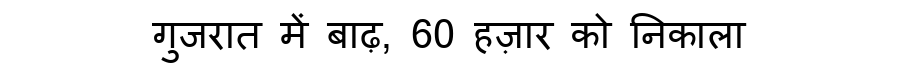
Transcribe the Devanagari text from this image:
गुजरात में बाढ़, 60 हज़ार को निकाला